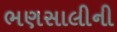
ભણસાલીની